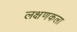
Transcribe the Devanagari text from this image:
लक्षणकला